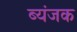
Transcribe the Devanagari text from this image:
ब्यंजक